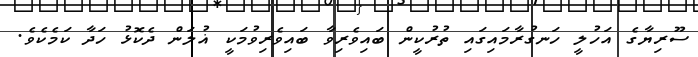
ސޫރިޔާގެ އަހުލީ ހަނގުރާމައިގައި ތުރުކީން ބައިވެރިވާ ބައިވެރިވުމަކީ ޣުލަން ދެކޮޅު ހަދާ ކަމެކެވެ.